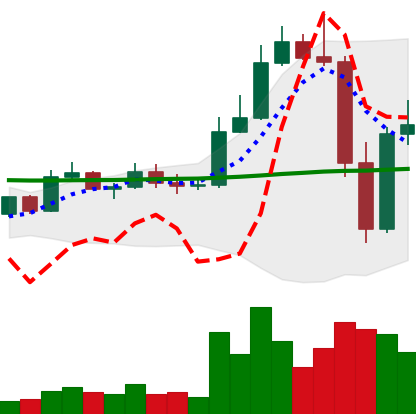
Ticker: LTC-USD
Chart end date: 2022-11-11
Forward return: -6.084%
Label: down_5_7